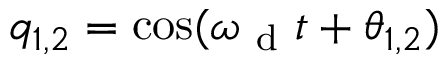
q _ { 1 , 2 } = \cos ( \omega _ { \mathrm { ~ d ~ } } t + \theta _ { 1 , 2 } )